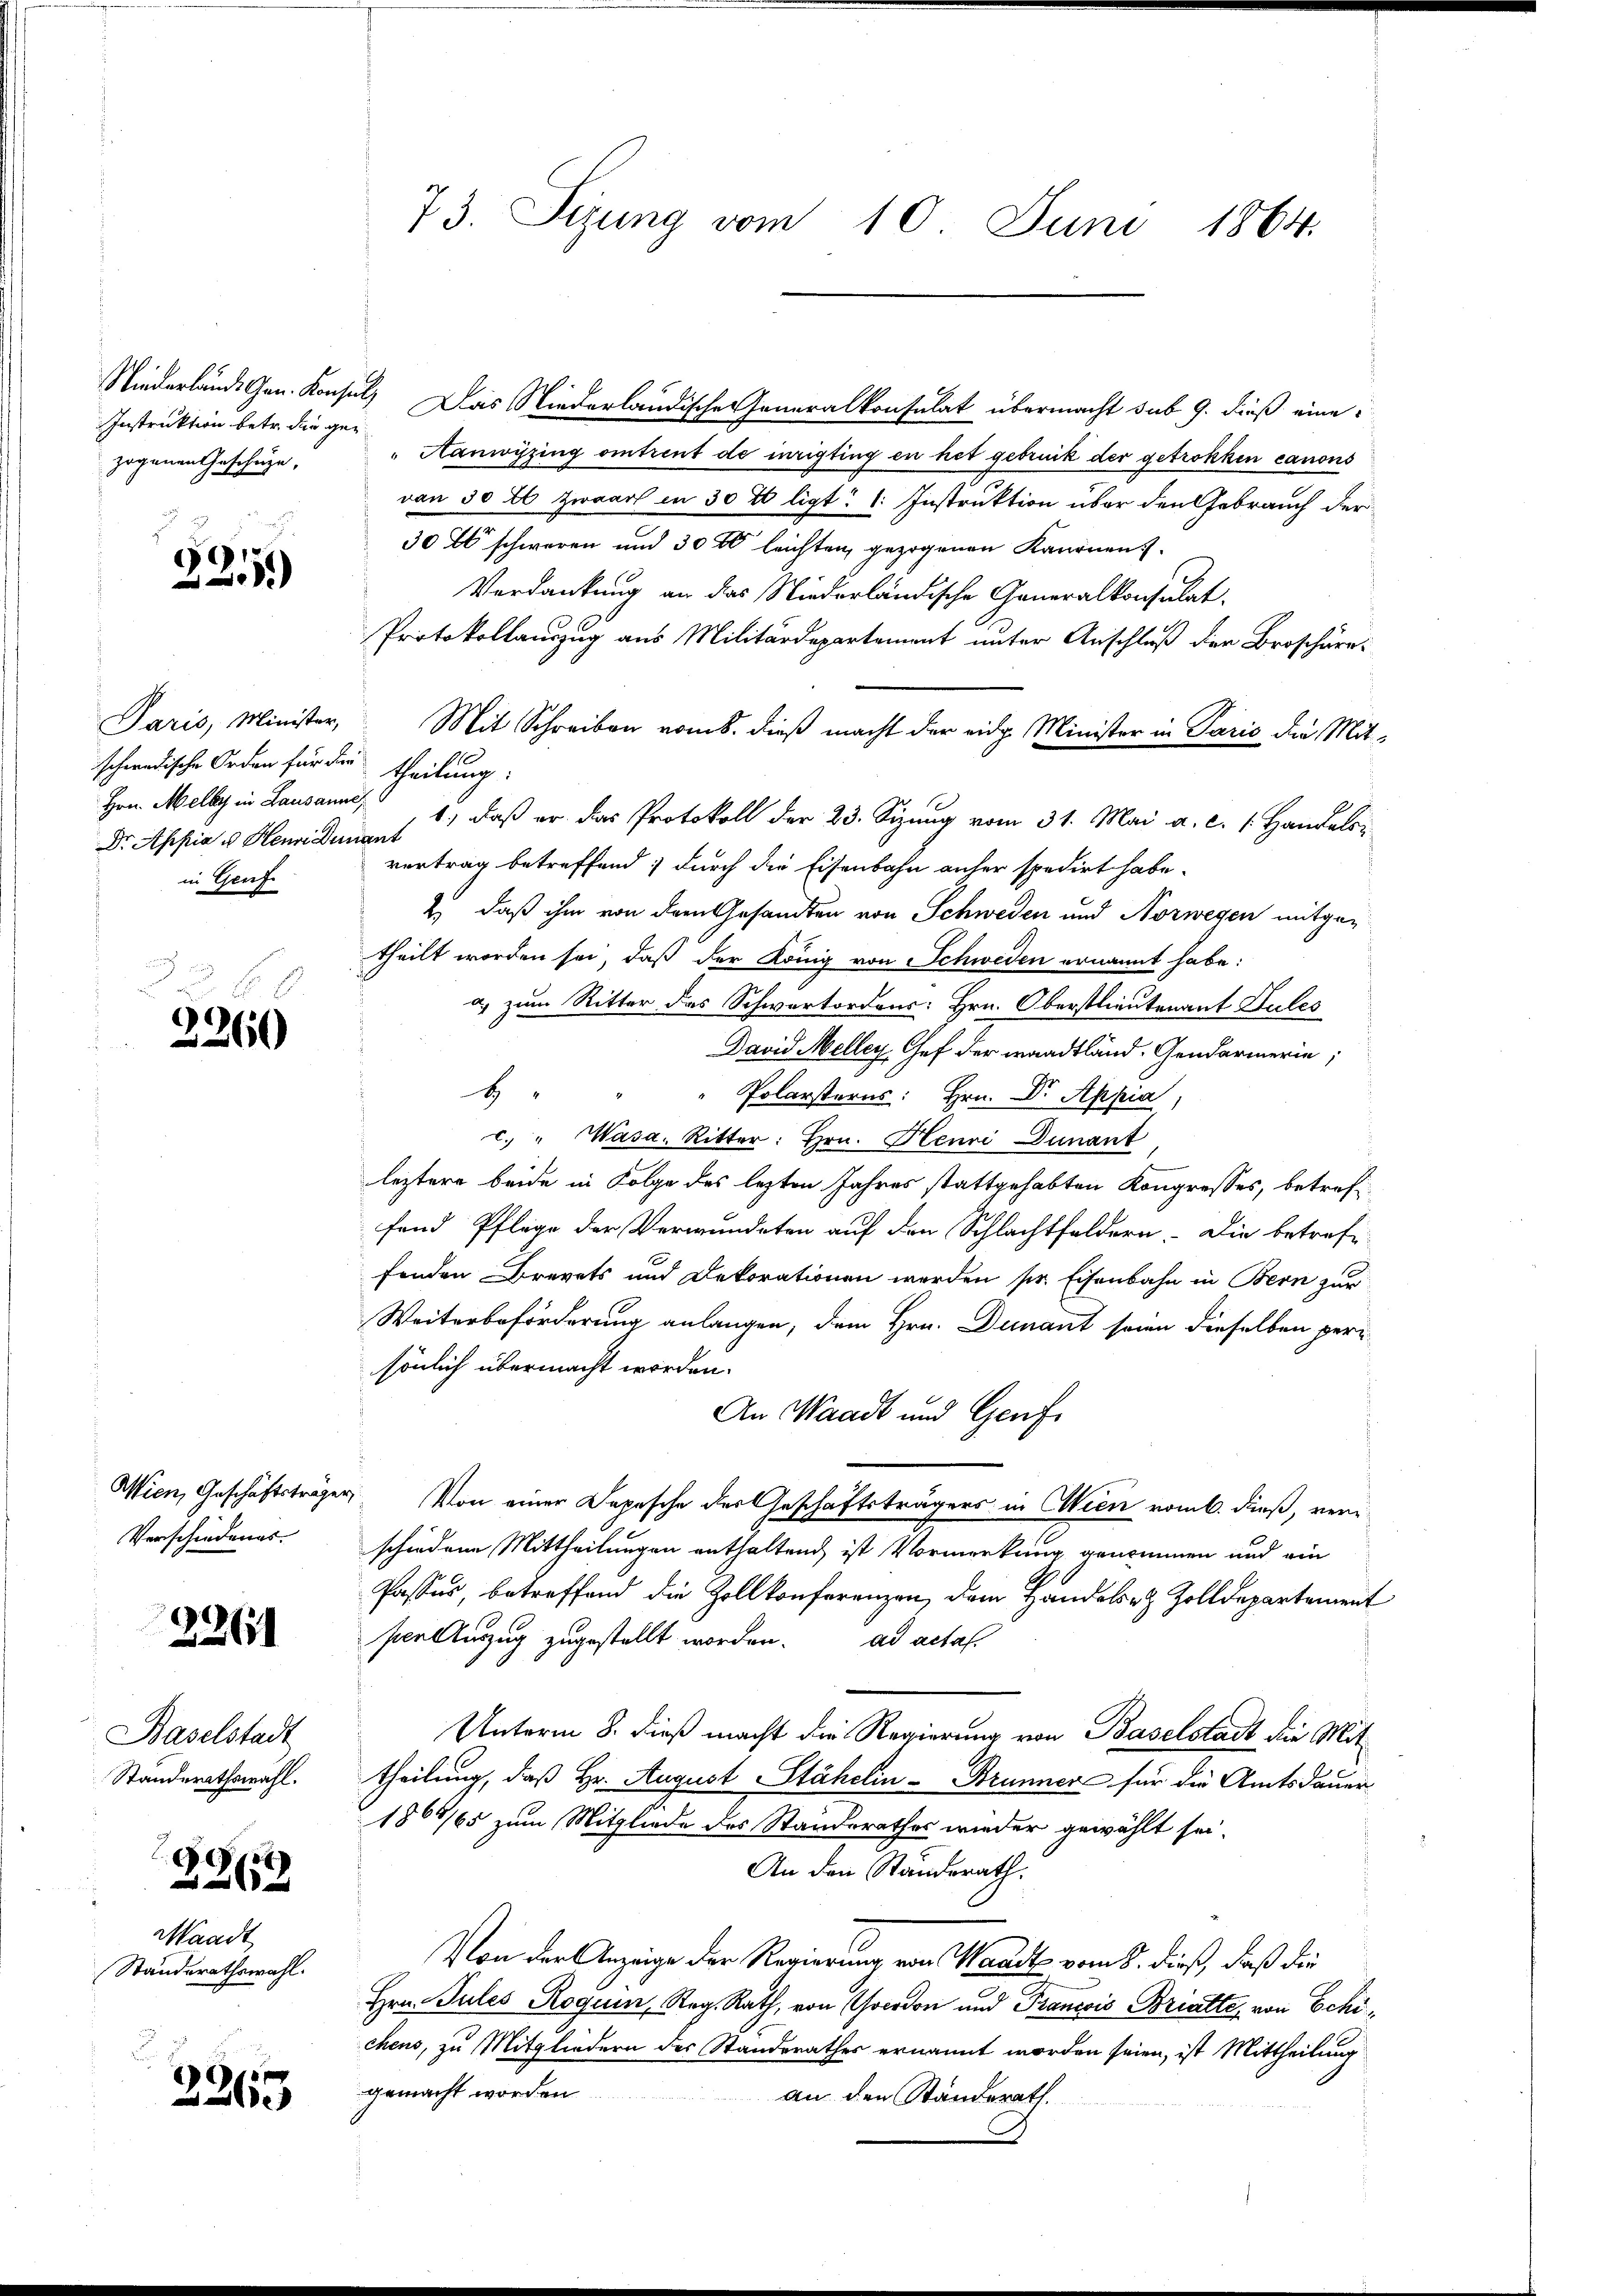
Instruktion betr. die gezogenen Geschütze,

325)

schwedische Orden für die theilung:
Hrn. Melle in Lausanne,
Dr Appia u Henri Dumont
in Genf

2260

Verschiedungs-

2261

Baselstadt
Standerathswahl.

29(12

Waadt
Standerathswahl.

2265

73. Sizung vom 10. Juni 1864.

Niederlände Gen. Konsul, Das Niederländischer Generalkonsulat übermacht sub 9. dieß eine
Sanwyzing eintreut de inigting en het gebruck der getrokken canons
von 50 fl Zwaar in 30 x ligt: 1. Instruktion über den Gebrauch der
30  schweren und 3000 leichten, gezogenen Kanonen.
Verdankung an das Niederländische Generalkonsulat
Protokollauszug aus Militärdepartement unter Anschluß der Broschüre
Paris, Minister, Mit Schreiben vom 8. dieß macht der eidg. Minister in Paris die Mit-
1.) Daß er das Protokoll der 23. Sizung vom 31. Mai a. c. s. Handelsvertrag betreffend; durch die Eisenbahn anher spedirt habe.
2) daß ihm von dem Gesandten von Schweden und Norwegen mitgetheilt worden sei, daß der König von Schweden ernannt habe:
a) zum Ritter das Schwertordens: Hrn. Oberstlieutenant Sules
David Meller Chef der waadtländ. Gendarmerin;
4
Polarsterns: Hrn. Dr. Appia,
c. " Wasa, Ritter: Hrn. Henri Dunant
leztere beide in Folge des lezten Jahres stattgehabten Kongresses, betreffend Pflege der Verwundeten auf den Schlachtfeldern. Die betreffenden Brevets und Dekorationen werden sr. Eisenbahn in Bern zur
Weiterbeförderung anlangen, dem Hrn. Dumant seien dieselben peri
sönlich übermacht worden.
An Waadt und Genf
Wien, Geschäftsträger Von einer Depesche der Geschäftsträgers in Wien vom 6. dieß, verschiedene Mittheilungen enthaltend ist Vormerkung genommen und ein
Passus, betreffend die Zollkonferenzen, dem Handels- & Zolldepartement
ser Auszug zugestellt worden. ad actas.
Unterm 8. dieß macht die Regierung von Baselstadt die Mittheilung, daß Hr. August Stähelin - Brunners für die Amtsdauer
1860/65 zum Mitgliede des Standerathes wieder gewählt sei.
An den Ständerath.
Von der Anzeige der Regierung von Mande vom 8. dieß, daß die
Hrn. Sules Roguin, Reg. Rath, von Goerdon und Trancois Bratte, von Echichens, zu Mitgliedern des Standerathes ernannt worden seien, ist Mittheilung
gemacht worden.
an den Ständerath